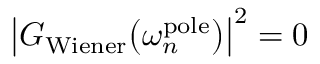
\big | G _ { \mathrm { W i e n e r } } \big ( \omega _ { n } ^ { \mathrm { p o l e } } \big ) \big | ^ { 2 } = 0